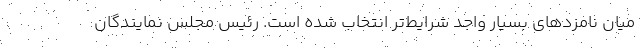
میان نامزدهای بسیار واجد شرایط‌تر انتخاب شده است. رئیس مجلس نمایندگان